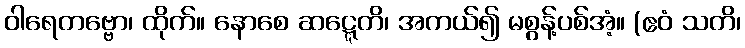
ဝါရေတဗ္ဗော၊ ထိုက်။ နောစေ ဆဋ္ဋေတိ၊ အကယ်၍ မစွန့်ပစ်အံ့။ (ဧဝံ သတိ၊